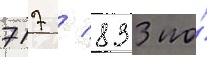
717 / 833 по́